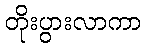
တိုးပွားလာကာ